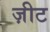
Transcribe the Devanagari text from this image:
ज़ीट